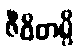
ဇီဝိတမ္ပိ